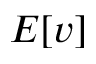
E [ v ]